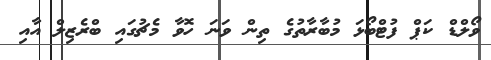
ވޯލްޑް ކަޕް ފުޓްބޯޅަ މުބާރާތުގެ ތިން ވަނަ ހޮވާ މެޗުގައި ބްރެޒިލް އާއި